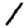
Digit: 1